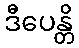
ဒီပေန္တိ